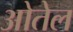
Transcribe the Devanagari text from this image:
ओतेल